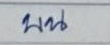
บน